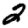
Digit: 2